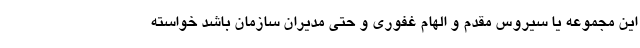
این مجموعه یا سیروس مقدم و الهام غفوری و حتی مدیران سازمان باشد خواسته